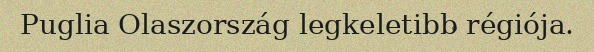
Puglia Olaszország legkeletibb régiója.